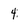
Character: 4